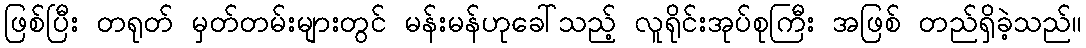
ဖြစ်ပြီး တရုတ် မှတ်တမ်းများတွင် မန်းမန်ဟုခေါ်သည့် လူရိုင်းအုပ်စုကြီး အဖြစ် တည်ရှိခဲ့သည်။